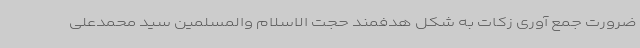
ضرورت جمع آوری زکات به شکل هدفمند حجت الاسلام والمسلمین سید محمدعلی